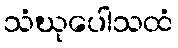
သံဃုပေါသထံ